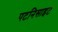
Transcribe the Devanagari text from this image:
पटनिसाइट